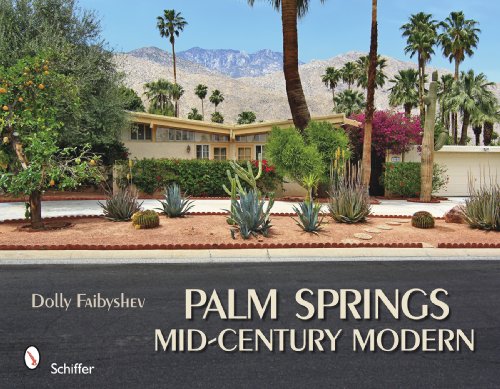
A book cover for Palm Springs Mid-century Modern; Arts & Photography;